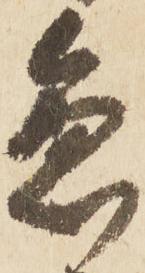
急